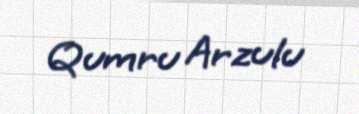
Qumru Arzulu